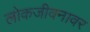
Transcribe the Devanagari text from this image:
लोकजीवनावर